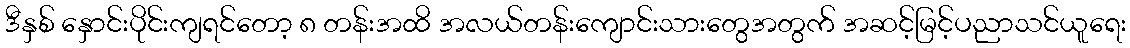
ဒီနှစ် နှောင်းပိုင်းကျရင်တော့ ၈ တန်းအထိ အလယ်တန်းကျောင်းသားတွေအတွက် အဆင့်မြင့်ပညာသင်ယူရေး